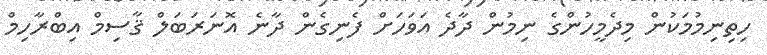
ހިތިނިމުމަކުން މިދެމީހުންގެ ނިމުން ދާދެ އަވަހަށް ފެނިގެން ދާނެ އޮނަރަބަލް ޤާސިމް އިބްރާހިމް